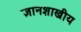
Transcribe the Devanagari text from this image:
ज्ञानशाखीय